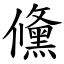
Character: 儵